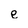
Character: e